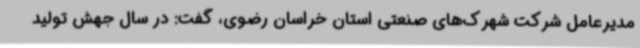
مدیرعامل شرکت شهرک‌های صنعتی استان خراسان رضوی، گفت: در سال جهش تولید